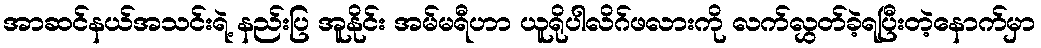
အာဆင်နယ်အသင်းရဲ့ နည်းပြ အူနိုင်း အမ်မရီဟာ ယူရိုပါလိဂ်ဖလားကို လက်လွှတ်ခဲ့ရပြီးတဲ့နောက်မှာ